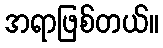
အရာဖြစ်တယ်။